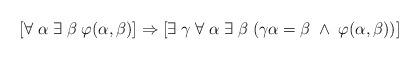
\begin{align*}[\forall \; \alpha \; \exists \; \beta \; \varphi(\alpha, \beta)] \Rightarrow [\exists \; \gamma \; \forall \; \alpha \; \exists \; \beta \; (\gamma\alpha =\beta \; \wedge \; \varphi(\alpha, \beta))]\end{align*}